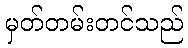
မှတ်တမ်းတင်သည်